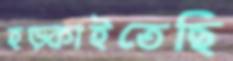
হড়্‌কাইতেছি